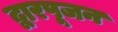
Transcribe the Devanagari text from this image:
द्वारपूजन